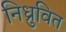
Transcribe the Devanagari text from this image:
निध्रुवित